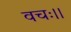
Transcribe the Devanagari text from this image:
वचः।।